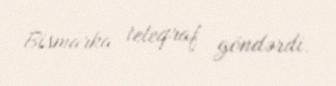
Bismarka teleqraf göndərdi.